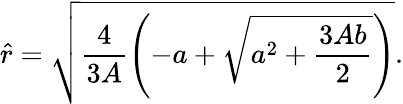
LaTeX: \hat{r}=\sqrt{\frac{4}{3A}\left(-a+\sqrt{a^{2}+\frac{3Ab}{2}}\right)}.